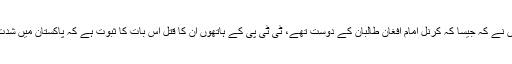
کرنل امام کے قتل پر تبصرہ کرتے ہوئے انہوں نے کہ جیسا کہ کرنل امام افغان طالبان کے دوست تھے، ٹی ٹی پی کے ہاتھوں ان کا قتل اس بات کا ثبوت ہے کہ پاکستان میں شدت پسند بیرونی قوتوں کے لیے کام کررہے ہیں۔